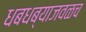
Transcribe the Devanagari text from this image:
धबधब्याजवळच